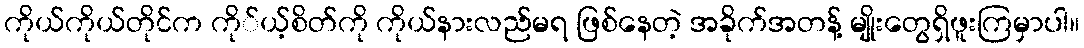
ကိုယ်ကိုယ်တိုင်က ကို်ယ့်စိတ်ကို ကိုယ်နားလည်မရ ဖြစ်နေတဲ့ အခိုက်အတန့် မျိုးတွေရှိဖူးကြမှာပါ။